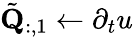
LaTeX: \tilde{\mathbf{Q}}_{:,1}\gets\partial_{t}u